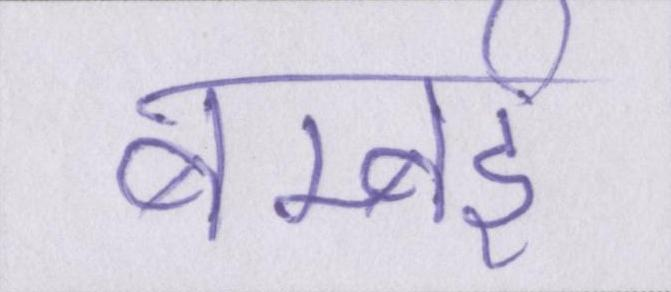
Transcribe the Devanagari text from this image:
बम्बर्इ